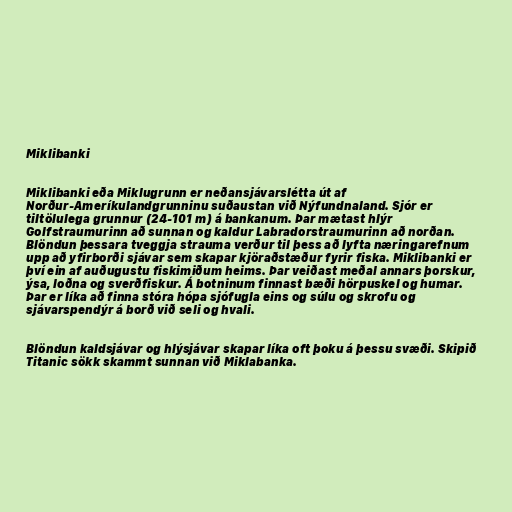
Miklibanki

Miklibanki eða Miklugrunn er neðansjávarslétta út af
Norður-Ameríkulandgrunninu suðaustan við Nýfundnaland. Sjór er
tiltölulega grunnur (24-101 m) á bankanum. Þar mætast hlýr
Golfstraumurinn að sunnan og kaldur Labradorstraumurinn að norðan.
Blöndun þessara tveggja strauma verður til þess að lyfta næringarefnum
upp að yfirborði sjávar sem skapar kjöraðstæður fyrir fiska. Miklibanki er
því ein af auðugustu fiskimiðum heims. Þar veiðast meðal annars þorskur,
ýsa, loðna og sverðfiskur. Á botninum finnast bæði hörpuskel og humar.
Þar er líka að finna stóra hópa sjófugla eins og súlu og skrofu og
sjávarspendýr á borð við seli og hvali.

Blöndun kaldsjávar og hlýsjávar skapar líka oft þoku á þessu svæði. Skipið
Titanic sökk skammt sunnan við Miklabanka.